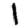
Digit: 1